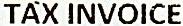
TAX INVOICE